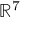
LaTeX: \mathbb { R } ^ { 7 }